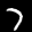
Label: 7